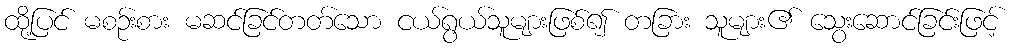
ထို့ပြင် မစဉ်းစား မဆင်ခြင်တတ်သော ငယ်ရွယ်သူများဖြစ်၍ တခြား သူများ၏ သွေးဆောင်ခြင်းဖြင့်